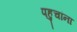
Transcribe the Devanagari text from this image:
पहुचांना